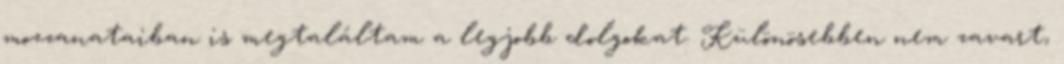
mozzanataiban is megtaláltam a legjobb dolgokat. Különösebben nem zavart,